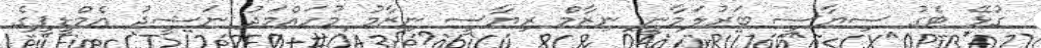
ގުޅޭ ޓެގު ސިޔާސީ ބަރުލަމާނީ ނިޒާމް ރިޔާސީ ނިޒާމު މުހައްމަދު ނަޝީދު އެމްޑީޕީގެ